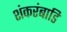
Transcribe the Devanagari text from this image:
शंकरंबाडि